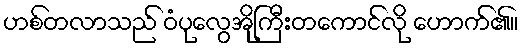
ဟစ်တလာသည် ဝံပုလွေအိုကြီးတကောင်လို ဟောက်၏။